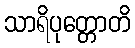
သာရိပုတ္တောတိ